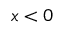
x < 0